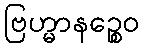
ဗြဟ္မာနဉ္စေဝ